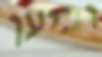
וביען